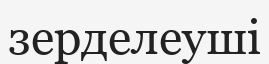
зерделеуші